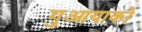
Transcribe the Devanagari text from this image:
गुआयाको